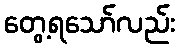
တွေ့ရသော်လည်း